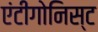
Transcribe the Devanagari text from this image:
एंटीगोनिस्ट